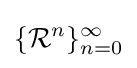
\{{\mathcal {R}}^{n}\}_{n=0}^{\infty }